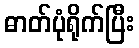
ဓာတ်ပုံရိုက်ပြီး